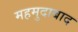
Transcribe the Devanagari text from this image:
महमुदाबाद